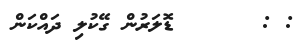
: :      ޑޮލަރުން ގޭކުލި ދައްކަން